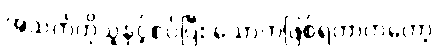
အသက်တိုသူနှင့်စပ်ပြီး သောကဖြစ်ရတာကတော့